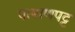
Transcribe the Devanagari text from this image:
पाषाणपट्ट